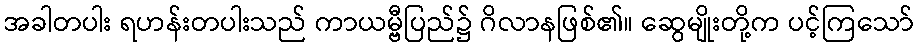
အခါတပါး ရဟန်းတပါးသည် ကာယမ္ဗီပြည်၌ ဂိလာနဖြစ်၏။ ဆွေမျိုးတို့က ပင့်ကြသော်